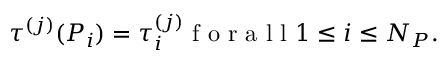
\tau ^ { ( j ) } ( P _ { i } ) = \tau _ { i } ^ { ( j ) } \mathrm { ~ f ~ o ~ r ~ a ~ l ~ l ~ } 1 \leq i \leq N _ { P } .